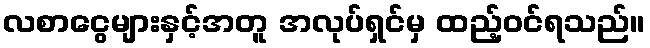
လစာငွေများနှင့်အတူ အလုပ်ရှင်မှ ထည့်ဝင်ရသည်။